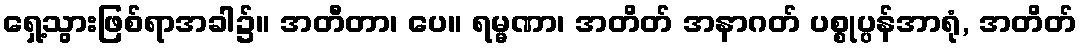
ရှေ့သွားဖြစ်ရာအခါ၌။ အတီတာ၊ ပေ။ ရမ္မဏာ၊ အတိတ် အနာဂတ် ပစ္စုပ္ပန်အာရုံ, အတိတ်